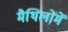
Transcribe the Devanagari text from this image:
मैथिलोंमें